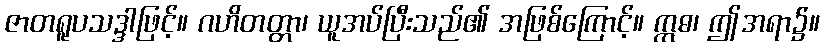
ဇာတရူပသဒ္ဒါဖြင့်။ ဂဟိတတ္တာ၊ ယူအပ်ပြီးသည်၏ အဖြစ်ကြောင့်။ ဣဓ၊ ဤအရာ၌။